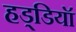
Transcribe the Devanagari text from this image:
हड्डियॉ